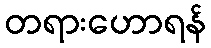
တရားဟောရန်